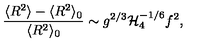
\frac { \langle R ^ { 2 } \rangle - \langle R ^ { 2 } \rangle _ { 0 } } { \langle R ^ { 2 } \rangle _ { 0 } } \sim g ^ { 2 / 3 } { \cal H } _ { 4 } ^ { - 1 / 6 } f ^ { 2 } ,